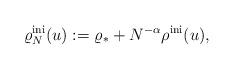
LaTeX: \begin{align*}\varrho_N^{\rm ini} (u):= \varrho_* + N^{-\alpha} \rho^{\rm ini} (u),\end{align*}